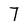
Character: 7